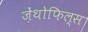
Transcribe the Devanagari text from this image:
ज़ेंथोफिल्स